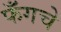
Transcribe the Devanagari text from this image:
फँगचे